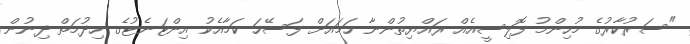
"ސަރުކާރުގެ މުހިންމު ފޮލިސީއެއް ރައްޔިތުންނާ ހަމައަށް ފަސޭހަ ކަމާއެކު އިންޓަނެޓުގެ ހިދުމަތް ދިނުން